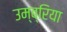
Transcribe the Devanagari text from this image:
उम्ब्रिया